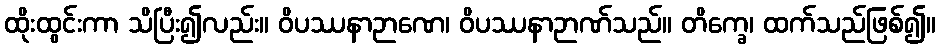
ထိုးထွင်းကာ သိပြီး၍လည်း။ ဝိပဿနာဉာဏေ၊ ဝိပဿနာဉာဏ်သည်။ တိက္ခေ၊ ထက်သည်ဖြစ်၍။